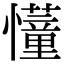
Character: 𢤦